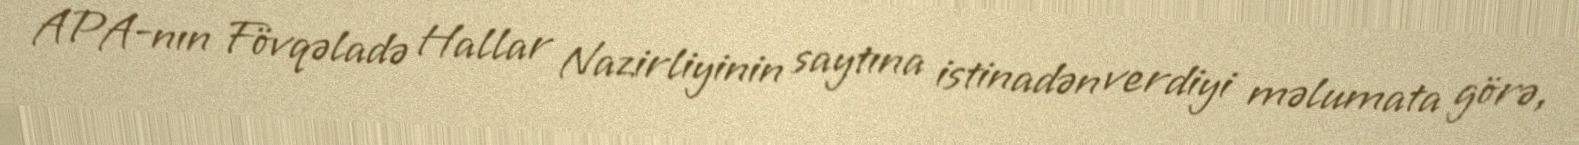
APA-nın Fövqəladə Hallar Nazirliyinin saytına istinadən verdiyi məlumata görə,